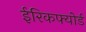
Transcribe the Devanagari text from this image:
ईरिकफ्योर्ड